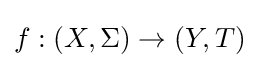
f:(X,\Sigma )\to (Y,T)